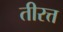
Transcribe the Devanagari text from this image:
तीरत्त